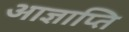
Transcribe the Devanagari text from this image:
आज्ञाप्ति